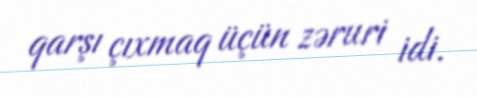
qarşı çıxmaq üçün zəruri idi.